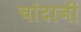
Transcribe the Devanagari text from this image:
चांदाजी